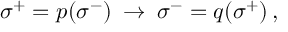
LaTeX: \: \sigma ^ { + } = p ( \sigma ^ { - } ) \: \rightarrow \: \sigma ^ { - } = q ( \sigma ^ { + } ) \, , \: